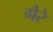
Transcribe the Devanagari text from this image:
गैरे